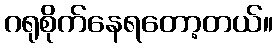
ဂရုစိုက်နေရတော့တယ်။